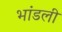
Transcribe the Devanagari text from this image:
भांडली